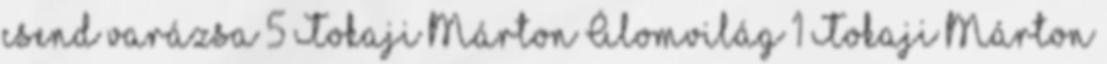
csend varázsa 5 Tokaji Márton Álomvilág 1 Tokaji Márton